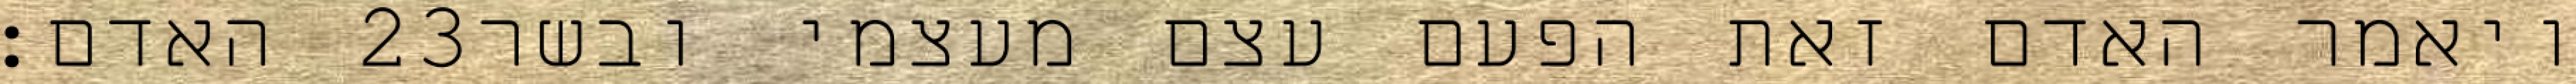
האדם׃ ‎23‏ ויאמר האדם זאת הפעם עצם מעצמי ובשר